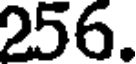
256.